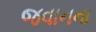
જવાનના